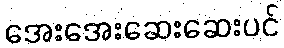
အေးအေးဆေးဆေးပင်